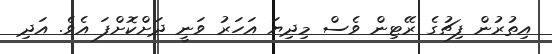
އިތުރުން ފިޗުގެ ރޭޓިން ވެސް މިދިޔަ އަހަރު ވަނީ ދަށްކޮށްފަ އެވެ. އަދި